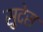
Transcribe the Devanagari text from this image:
सुदेस